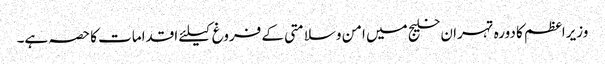
وزیراعظم کا دورہ تہران خلیج میں امن وسلامتی کے فروغ کیلئے اقدامات کا حصہ ہے۔